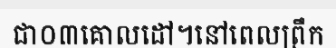
ជា០៣គោលដៅ។នៅពេលព្រឹក